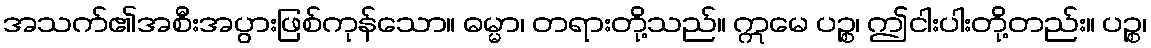
အသက်၏အစီးအပွားဖြစ်ကုန်သော။ ဓမ္မာ၊ တရားတို့သည်။ ဣမေ ပဉ္စ၊ ဤငါးပါးတို့တည်း။ ပဉ္စ၊